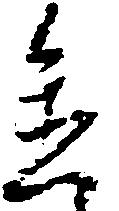
置